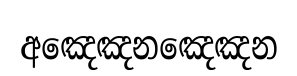
අඤෙඤනඤෙඤන